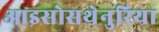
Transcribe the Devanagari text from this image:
आइसोसथेनुरिया